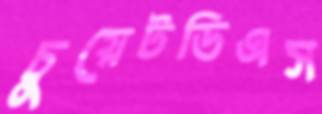
চুয়েটডিএস